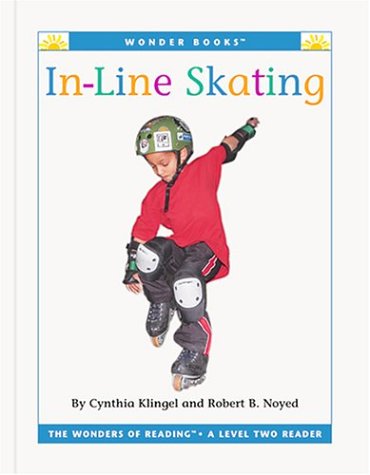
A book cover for In-Line Skating (Wonder Books: Level 2 Activities); Cynthia Fitterer Klingel; Sports & Outdoors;